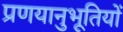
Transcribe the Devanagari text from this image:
प्रणयानुभूतियों